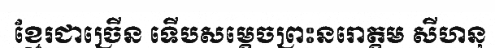
ខ្មែរជាច្រើន ទើបសម្តេចព្រះនរោត្តម សីហនុ